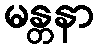
မန္တနာ